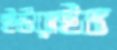
ইউরাইভ